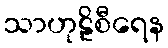
သာဟုဠိစီရေန